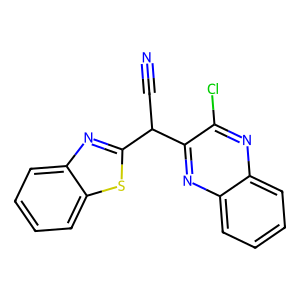
SMILES: N#CC(c1nc2ccccc2s1)c1nc2ccccc2nc1Cl
Inhibits HIV replication: No